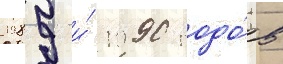
1989 и́ 1990 годо́в